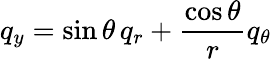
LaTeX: q_{y}=\sin\theta\, q_{r}+\frac{\cos\theta}{r}q_{\theta}